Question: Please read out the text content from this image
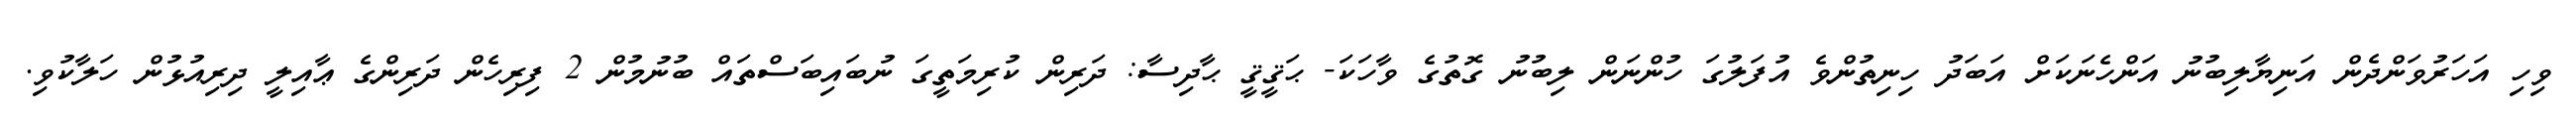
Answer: ވިހި އަހަރުވަންދެން އަނިޔާލިބުނު އަންހެނަކަށް އަބަދު ހިނިތުންވެ އުފަލުގަ ހުންނަން ލިބުނު ގޮތުގެ ވާހަކަ- ޙަޤީޤީ ޙާދިސާ: ދަރިން ކުރިމަތީގަ ނުބައިބަސްތައް ބުނުމުން 2 ފިރިހެން ދަރިންގެ ޢާއިލީ ދިރިއުޅުން ހަލާކުވި.